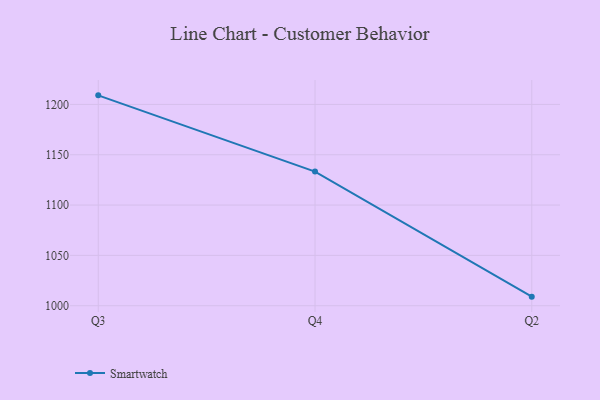
{"axis": {"x": "Quarter", "y": "Temperature (°C)"}, "legend": ["Smartwatch"], "data": [{"x": "Q3", "y": 1209.0, "type": "Smartwatch"}, {"x": "Q4", "y": 1133.3, "type": "Smartwatch"}, {"x": "Q2", "y": 1009.0, "type": "Smartwatch"}]}